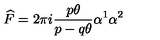
\widehat { F } = 2 \pi i \frac { p \theta } { p - q \theta } \alpha ^ { 1 } \alpha ^ { 2 }